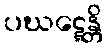
ပဃဋ္ဋေန္တိ